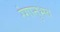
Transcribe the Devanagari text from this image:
रंगानुभव